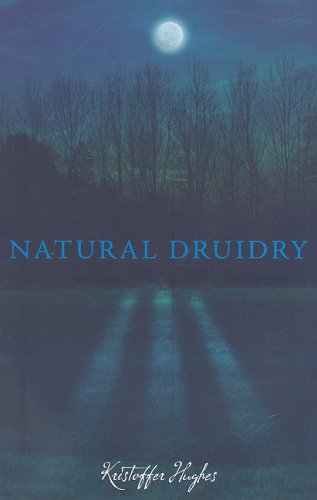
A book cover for Natural Druidry; Kristoffer Hughes; Religion & Spirituality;